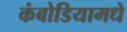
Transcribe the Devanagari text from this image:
कंबोडियामधे